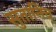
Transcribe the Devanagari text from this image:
सुतानिव